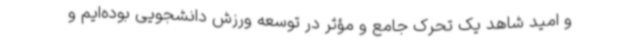
و امید شاهد یک تحرک جامع و مؤثر در توسعه ورزش دانشجویی بوده‌ایم و